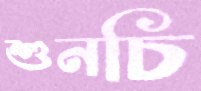
শুনচি